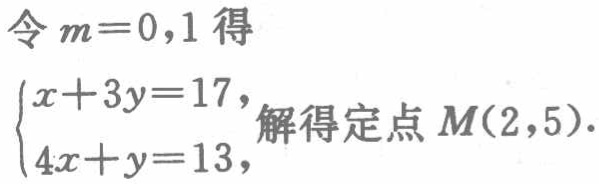
令\(m = 0,1\)得
\(\begin{cases}
x + 3y = 17,\\
4x + y = 13,
\end{cases}\)解得定点\(M(2,5)\).